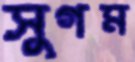
সুগম